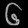
Digit: ၆